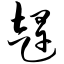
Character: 赶